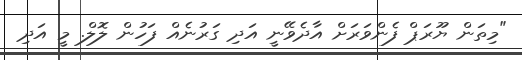
"މިތަން ޔޫރަޕް ފެންވަރަށް އާދެވޭނީ އަދި ގަރުނެއް ފަހުން ލޮލް. މީ އަދި